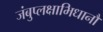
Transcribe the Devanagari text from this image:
जंबुप्लक्षाभिधानौ